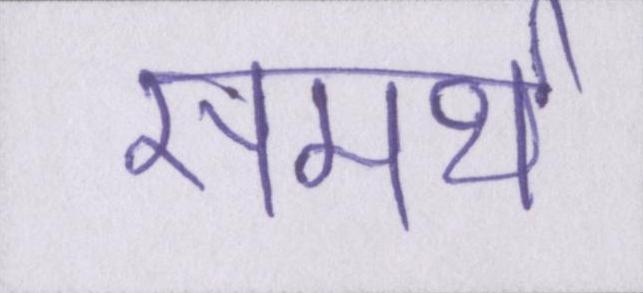
समर्थ